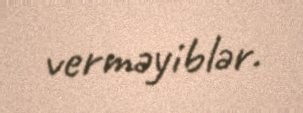
verməyiblər.